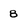
Character: 8